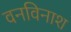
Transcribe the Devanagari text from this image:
वनविनाश